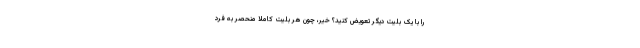
را با یک بلیت دیگر تعویض کنید؟ خیر، چون هر بلیت کاملا منحصر به فرد